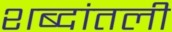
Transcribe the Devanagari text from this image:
शब्दांतली